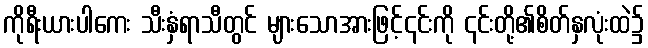
ကိုရီးယားပါကေး သီးနှံရာသီတွင် များသောအားဖြင့်၎င်းကို ၎င်းတို့၏စိတ်နှလုံးထဲ၌